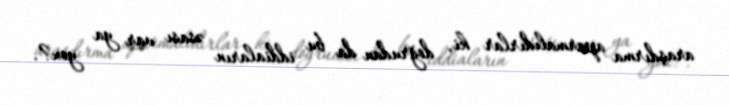
araşdırma aparmalıdırlar ki, doğrudan da bu iddiaların əsası var ya yox?.